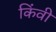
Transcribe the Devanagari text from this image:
किंवी